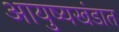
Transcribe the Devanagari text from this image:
आयुष्यखंडात